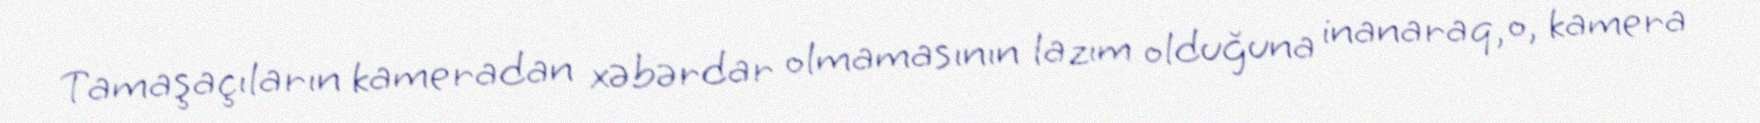
Tamaşaçıların kameradan xəbərdar olmamasının lazım olduğuna inanaraq, o, kamera